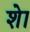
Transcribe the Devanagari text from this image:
शेा